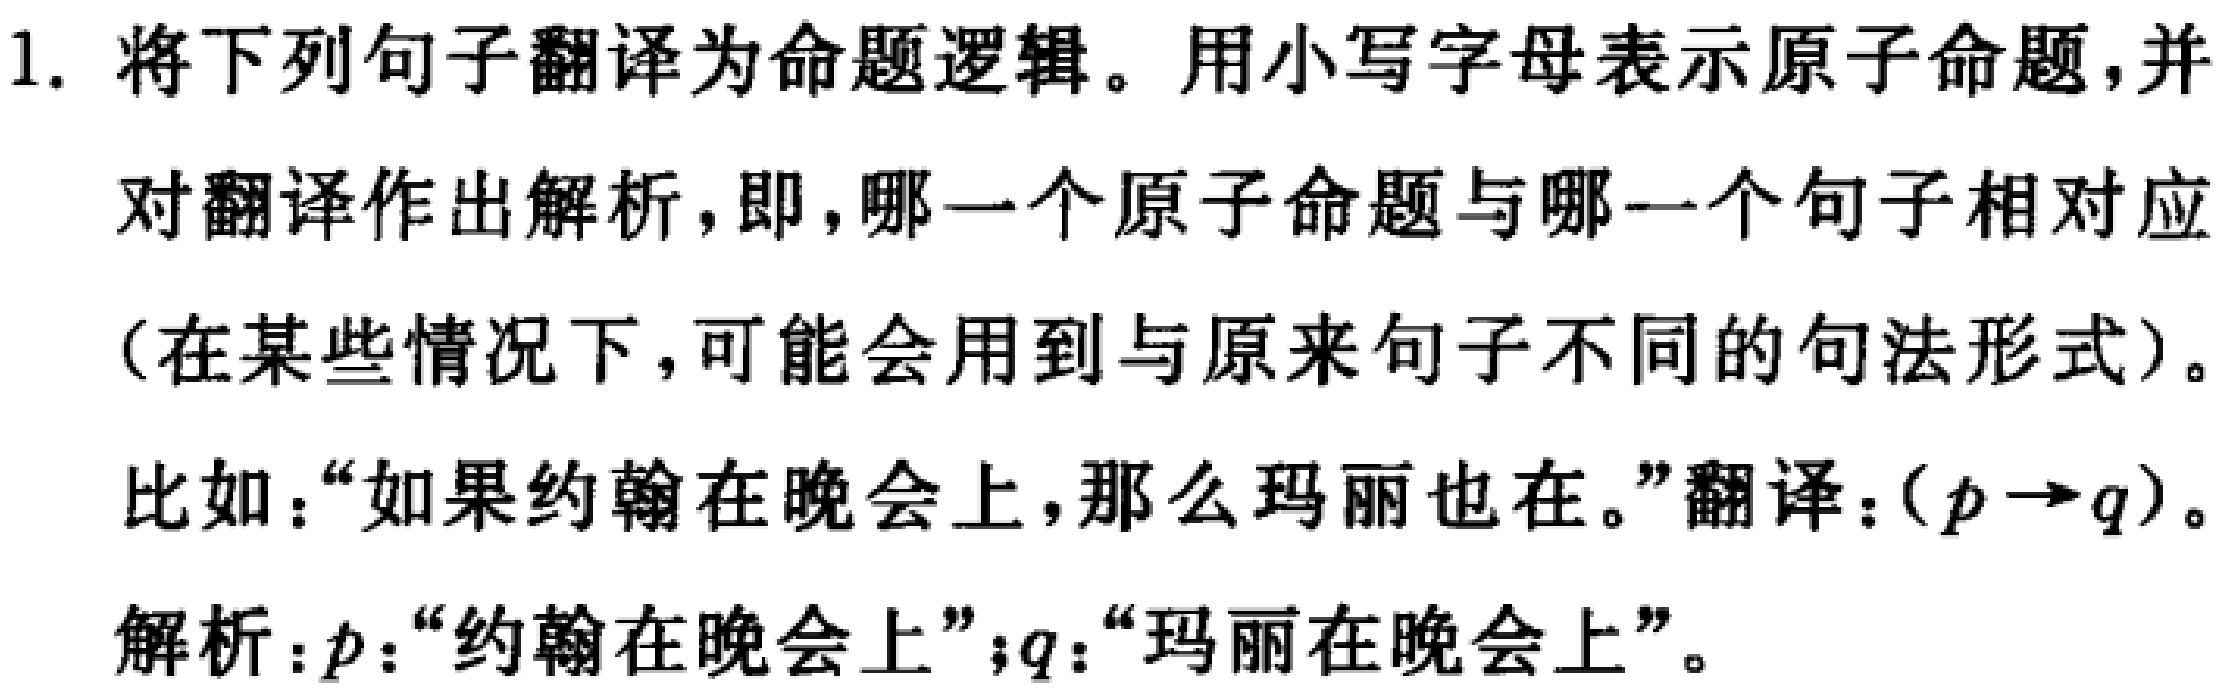
1. 将下列句子翻译为命题逻辑。用小写字母表示原子命题，并
对翻译作出解析，即，哪一个原子命题与哪一个句子相对应
（在某些情况下，可能会用到与原来句子不同的句法形式）。
比如：“如果约翰在晚会上，那么玛丽也在。”翻译：\((p \to q)\)。
解析：\(p\)：“约翰在晚会上”；\(q\)：“玛丽在晚会上”。